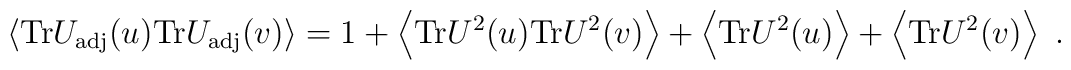
\left<{\rm Tr} U_{\rm adj}(u){\rm Tr} U_{\rm adj}(v)\right>=1+\left<{\rm Tr}U^2(u) {\rm Tr} U^2(v)\right>+\left<{\rm Tr}U^2(u)\right> +\left<{\rm Tr} U^2(v)\right>\ .